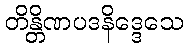
တိန္တိဏပဒနိဒ္ဒေသေ